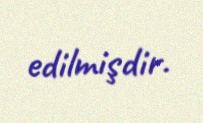
edilmişdir.